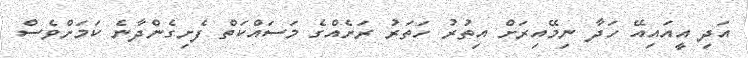
އަދި އީއައިއޭ ހަދާ ނިމޭއިރަށް އިތުރު ހަތަރު ރަށެއްގެ މަސައްކަތް ފެށިގެންދާނެ ކަމަށްވެސް